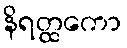
နိရတ္ထကော